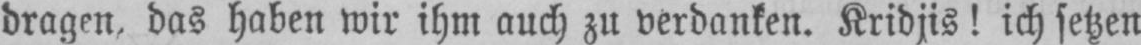
dragen, das haben wir ihm auch zu verdanken. Kridjis! ich setzen